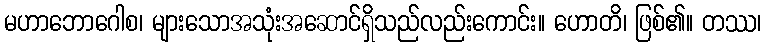
မဟာဘောဂေါစ၊ များသောအသုံးအဆောင်ရှိသည်လည်းကောင်း။ ဟောတိ၊ ဖြစ်၏။ တဿ၊